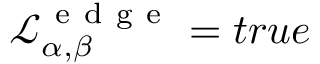
\mathcal { L } _ { \alpha , \beta } ^ { \mathrm { ~ e ~ d ~ g ~ e ~ } } = t r u e